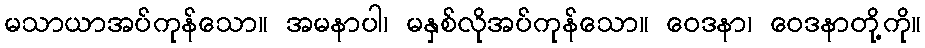
မသာယာအပ်ကုန်သော။ အမနာပါ၊ မနှစ်လိုအပ်ကုန်သော။ ဝေဒနာ၊ ဝေဒနာတို့ကို။